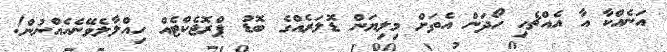
އަނެއްކާ އާ އެއްޗެހި ހޯދަން އެތަށް މިލިޔަން ޑޮލަރެއްގެ ބޮޑު ޕްރޮޖެކްޓެއް ހިއްލާލެވޭނެއެއްނުން!